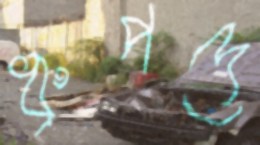
ধ্রুপদে